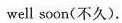
wellsoon(不久).